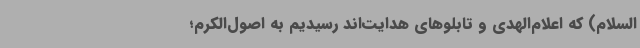
السلام) که اعلام‌الهدی و تابلوهای هدایت‌اند رسیدیم به اصول‌الکرم؛